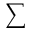
\sum